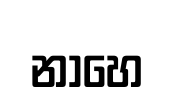
නාහෙ